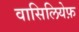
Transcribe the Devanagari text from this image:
वासिलियेफ़